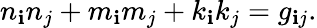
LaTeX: n_{\mathbf{i}}n_{j}+m_{\mathbf{i}}m_{j}+k_{\mathbf{i}}k_{j}=g_{\mathbf{i}j}.